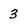
Character: 3